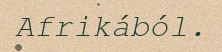
Afrikából.